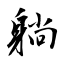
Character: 躺